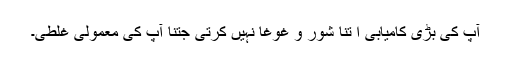
آپ کی بڑی کامیابی ا تنا شور و غوغا نہیں کرتی جتنا آپ کی معمولی غلطی۔